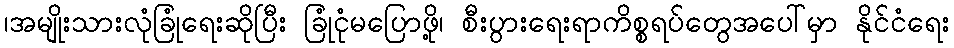
၊အမျိုးသားလုံခြုံရေးဆိုပြီး ခြုံငုံမပြောဖို့၊ စီးပွားရေးရာကိစ္စရပ်တွေအပေါ်မှာ နိုင်ငံရေး